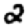
Digit: 2